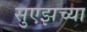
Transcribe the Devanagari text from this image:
सुएझच्या